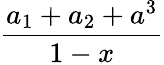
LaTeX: \frac{a_{1}+a_{2}+a^{3}}{1-x}